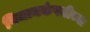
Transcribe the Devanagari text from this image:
विमानकंपनीच्या